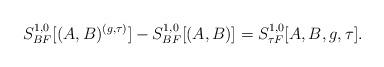
LaTeX: \begin{align*}S_{BF}^{1,0}[(A,B)^{(g,\tau)}] - S_{BF}^{1,0}[(A,B)] = S_{\tau F}^{1,0}[A,B,g,\tau].\end{align*}